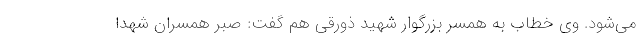
می‌شود. وی خطاب به همسر بزرگوار شهید ذورقی هم گفت: صبر همسران شهدا